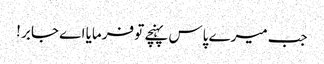
جب میرے پاس پہنچے تو فرمایا اے جابر !